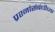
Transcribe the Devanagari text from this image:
प्रश्नांसंबंधीच्या